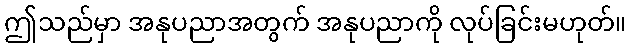
ဤသည်မှာ အနုပညာအတွက် အနုပညာကို လုပ်ခြင်းမဟုတ်။